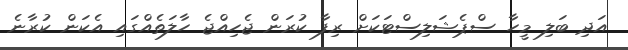
އަދި ބަލި މީހާ ސްޕެޝަލިސްޓަކަށް ރިފާ ކުރަން ޖެހިއްޖެ ހާލަތެއްގައި އެކަން ކުރާނެ